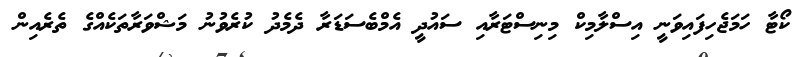
ކޯޓާ ހަމަޖެހިފައިވަނީ އިސްލާމިކް މިނިސްޓަރާއި ސައުދީ އެމްބެސަޑަރާ ދެމެދު ކުރެވުނު މަޝްވަރާތަކެއްގެ ތެރެއިން